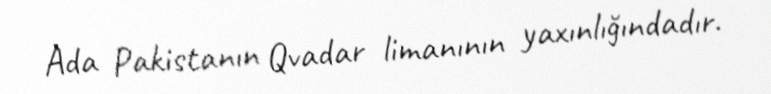
Ada Pakistanın Qvadar limanının yaxınlığındadır.